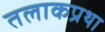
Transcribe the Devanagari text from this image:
तलाकप्रथा